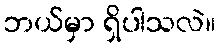
ဘယ်မှာ ရှိပါသလဲ။